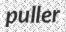
puller